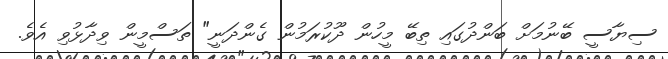
ސިޔާސީ ބޭނުމަށް ބަންދުގައި ތިބޭ މީހުން ދޫކުރަމުން ގެންދަނީ" ތަސްމީން ވިދާޅުވި އެވެ.